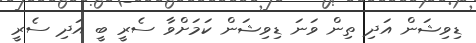
ޑިވިޝަން އަދި ތިން ވަނަ ޑިވިޝަން ކަމަށްވާ ސެރީ ބީ އަދި ސެރީ